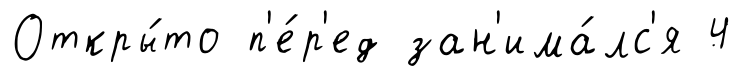
Откры́то п'е́р'ед зан'има́лс'я 4